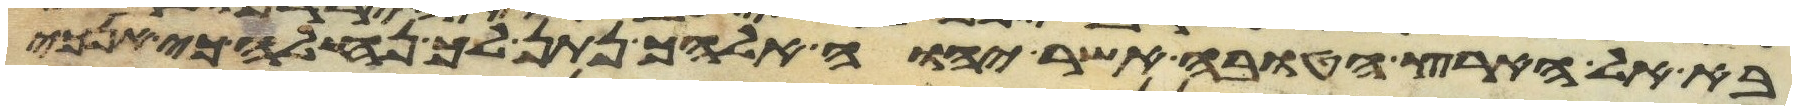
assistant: בא אל הארץ הטובה אשר יהוה אלהיך נתן לך נחלה כי אנכי